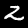
Digit: 2